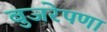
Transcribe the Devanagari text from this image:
बुजरेपणा